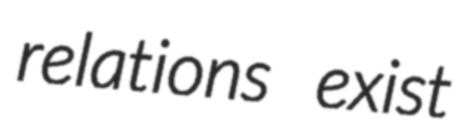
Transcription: relations exist